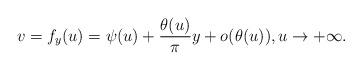
LaTeX: \begin{align*}v = f_y(u) = \psi(u) + \frac{\theta(u)}{\pi}y + o(\theta(u)), u\to +\infty.\end{align*}